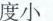
度小